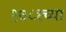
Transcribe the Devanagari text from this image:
१७८१च्या